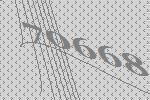
70668